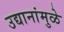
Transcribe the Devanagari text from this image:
उद्यानांमुळे